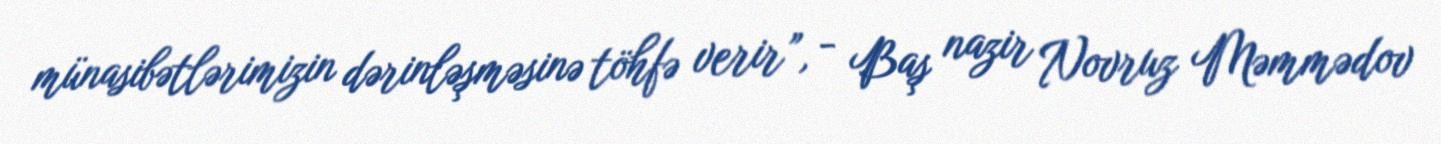
münasibətlərimizin dərinləşməsinə töhfə verir”, - Baş nazir Novruz Məmmədov